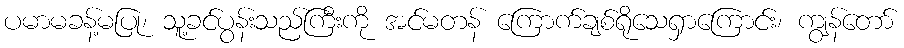
ပမာမခန့်မပြု၊ သူ့ခင်ပွန်းသည်ကြီးကို အင်မတန် ကြောက်ချစ်ရိုသေရှာကြောင်း၊ ကျွန်တော်